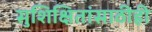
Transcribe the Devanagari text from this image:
सुशिक्षितांसाठीही